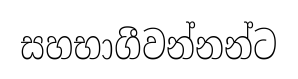
සහභාගීවන්නන්ට